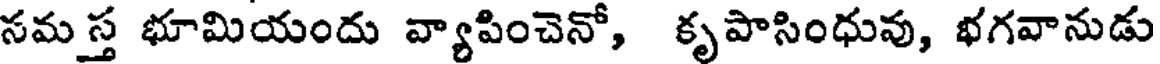
సమస్త భూమియందు వ్యాపించెనో, కృపాసింధువు, భగవానుడు